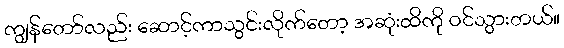
ကျွန်တော်လည်း ဆောင့်ကာသွင်းလိုက်တော့ အဆုံးထိကို ဝင်သွားတယ်။